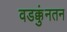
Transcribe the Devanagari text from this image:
वडक्कुंनतन